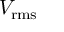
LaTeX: V _ { \mathrm { r m s } }